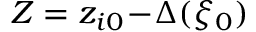
Z = z _ { i 0 } \! - \! \Delta ( \xi _ { 0 } )